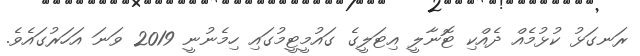
ރަނގަޅު ކުޅުމެއް ދެއްކި ޓޮނާލީ އިޓަލީގެ ގައުމީޓީމުގައި ހިމެނުނީ 2019 ވަނަ އަހަރުގައެވެ.